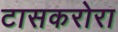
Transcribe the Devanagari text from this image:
टासकरोरा